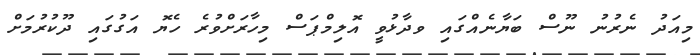
މިއަދު ނެރުނު ނޫސް ބަޔާނެއްގައި ވދާޅުވީ އޮލިމްޕަސް މިހާރަށްވުރެ ހެޔޮ އަގުގައި ދޫކުރުމަށް